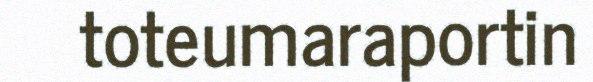
toteumaraportin